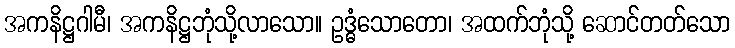
အကနိဋ္ဌဂါမီ၊ အကနိဋ္ဌဘုံသို့လာသော။ ဥဒ္ဓံသောတော၊ အထက်ဘုံသို့ ဆောင်တတ်သော